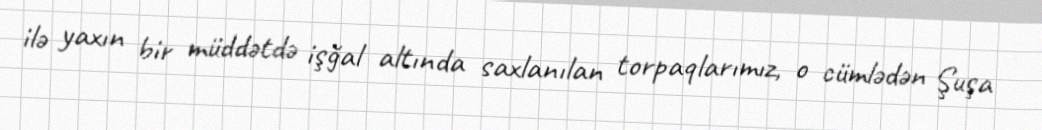
ilə yaxın bir müddətdə işğal altında saxlanılan torpaqlarımız, o cümlədən Şuşa